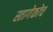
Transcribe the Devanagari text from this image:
स्तागेकोच